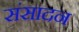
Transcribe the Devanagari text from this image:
संसादन